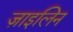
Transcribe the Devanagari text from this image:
ज़ाइलिन